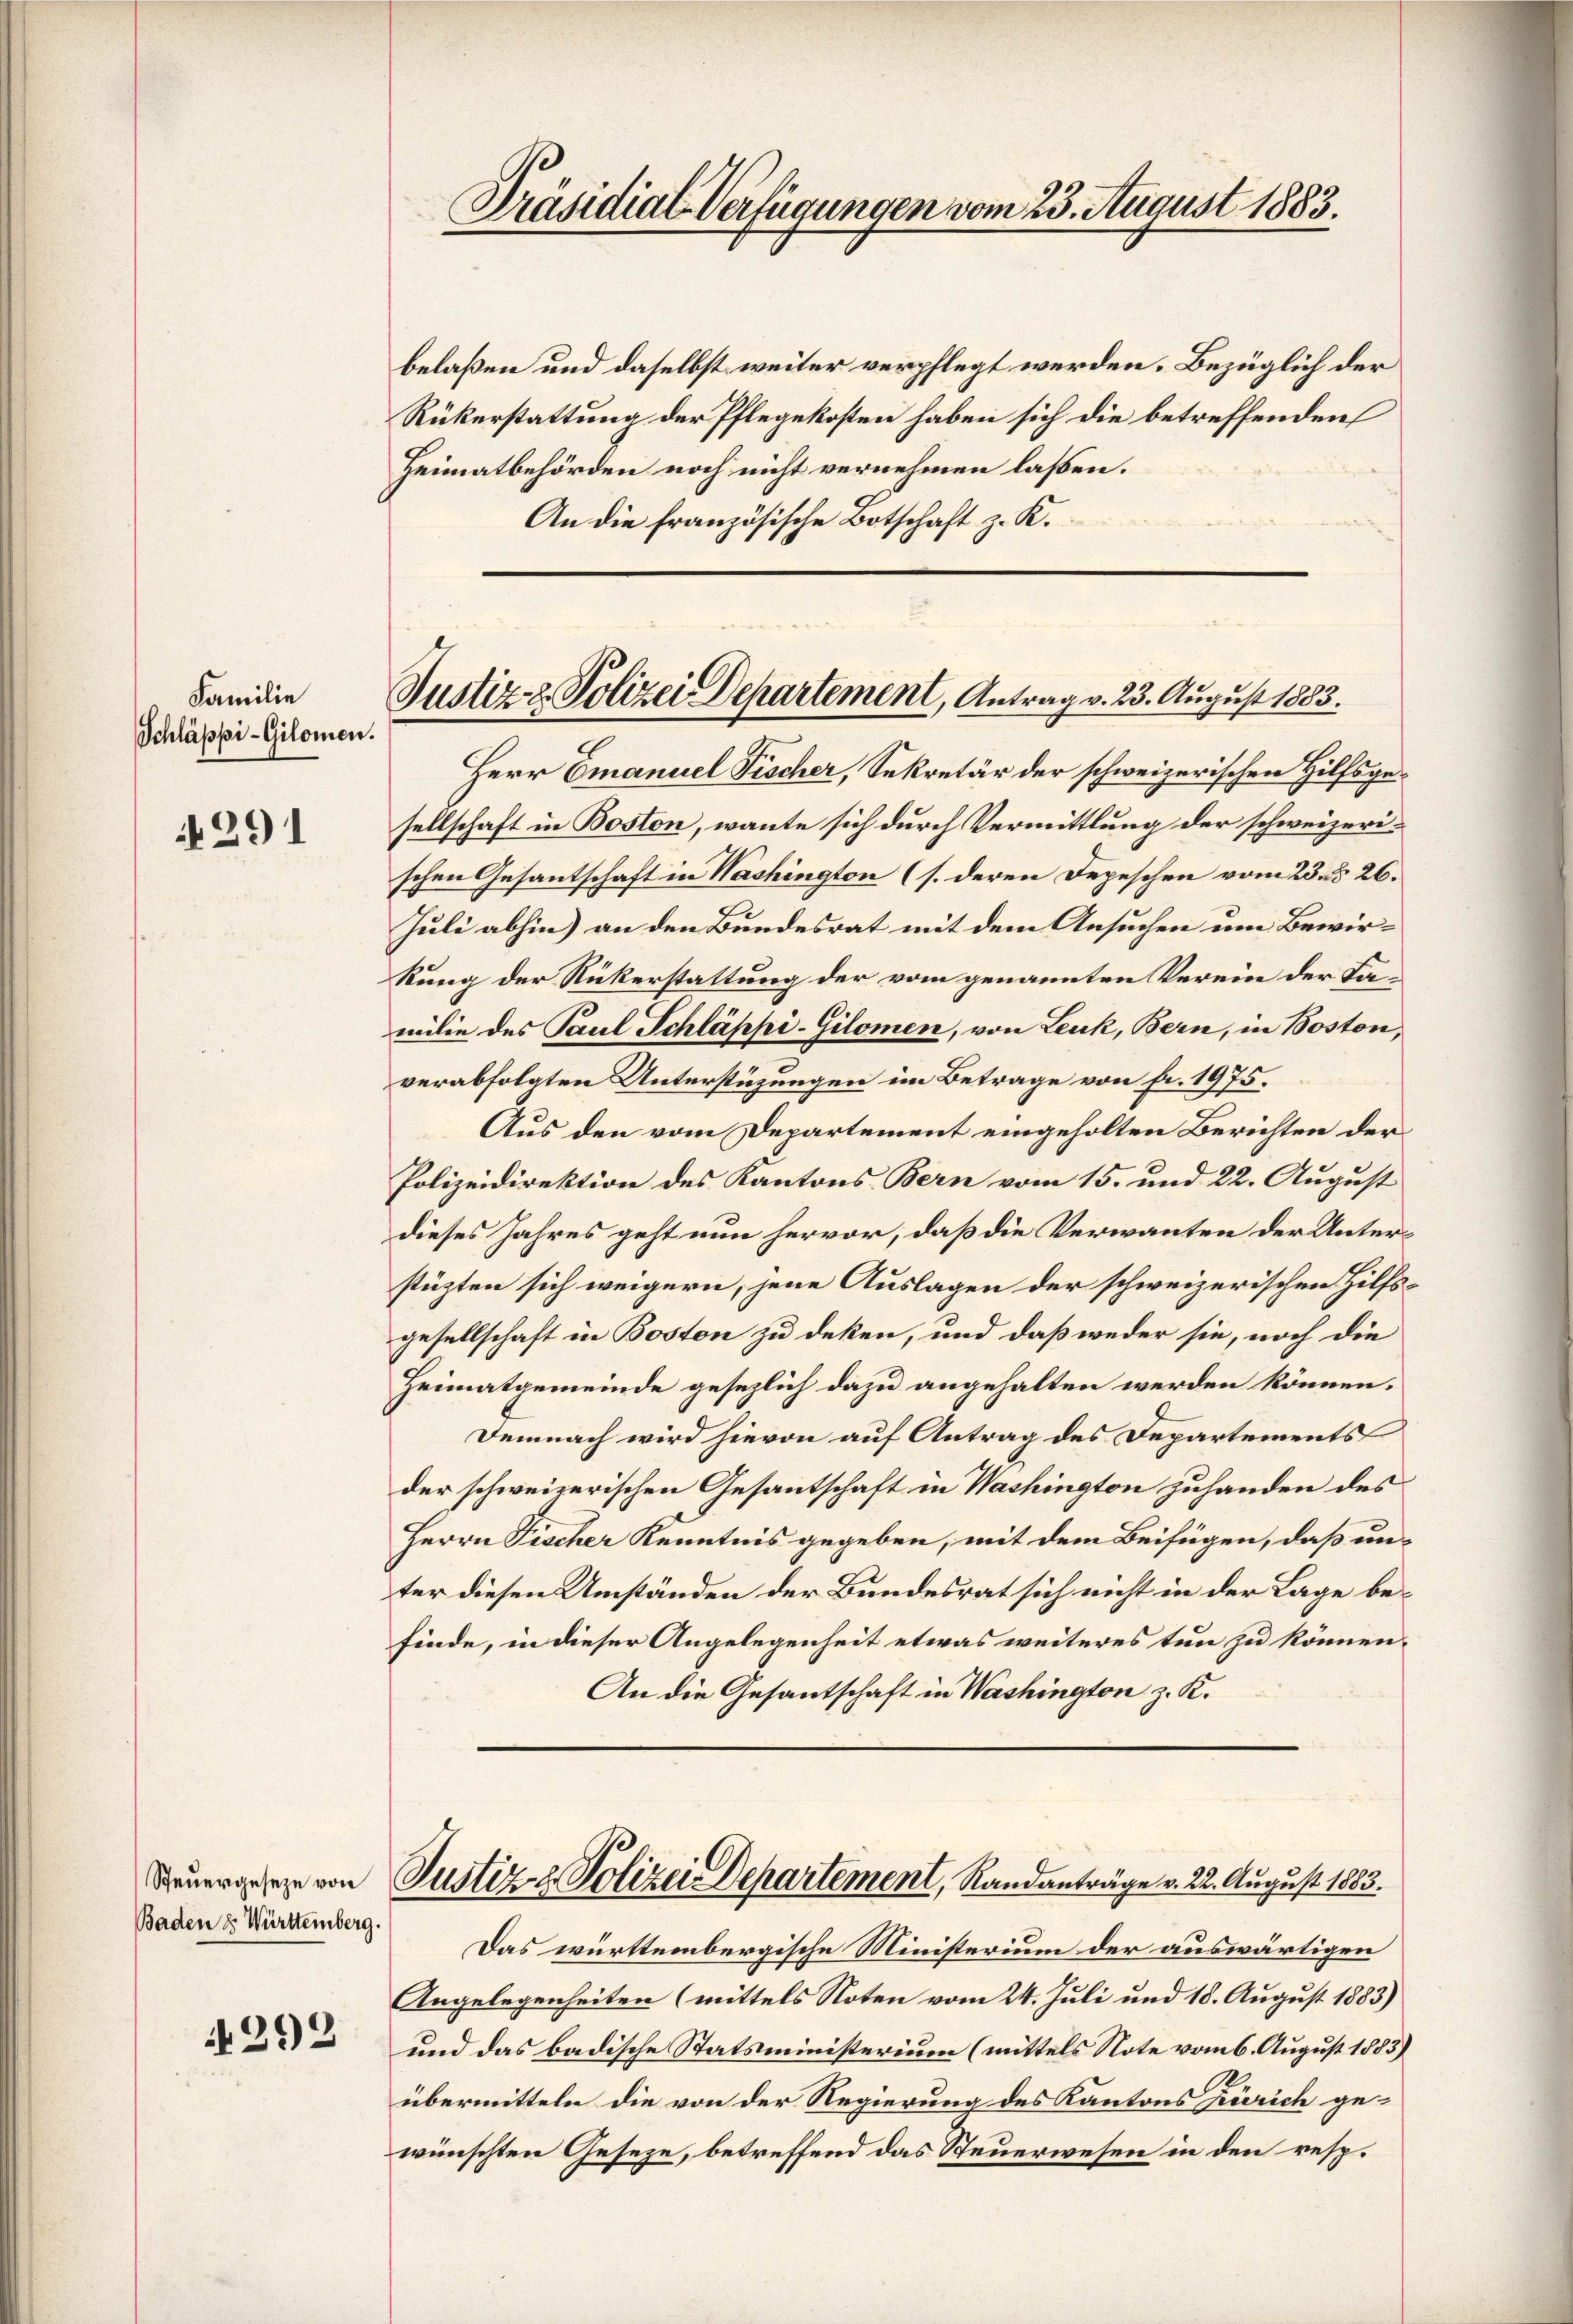
Familie
Schläppi-Gilomen.

4291

Steuergeseze von
Baden 8. Württemberg.

292

Präsidial-Verfügungen vom 23. August 1883.

belaßen und daselbst weiter verpflegt werden. Bezüglich der
Rükerstattung der Pflegekosten haben sich die betreffenden
Heimatbehörden noch nicht vernehmen laßen.
An die französische Botschaft z. K.

Justiz- & Polizei Departement, Antrag v. 23. August 1883.

Herr Emanuel Fischer, Sekretär der schweizerischen Hilfsgesellschaft in Boston, wante sich durch Vermittlung der schweizerischen Gesantschaft in Washington (s. deren Depeschen vom 23. 26.
Juli abhin) an den Bundesrat mit dem Ansuchen um Bewirkung der Rückerstattung der vom genannten Verein der Familie des Paul Schläppi-Gilomen, von Leuk, Bern, in Boston,
verabfolgten Unterstüzungen im Betrage von fr. 1975.
Aus den vom Departement eingeholten Berichten der
Polizeidirektion des Kantons Bern vom 15. und 22. August
dieses Jahres geht nun hervor, daß die Verwanten der Unterstüzten sich weigern, jene Auslagen der schweizerischen Hilfsgesellschaft in Boston zu deken, und daß weder sie, noch die
Heimatgemeinde gesezlich dazu angehalten werden können.
Demnach wird hievon auf Antrag des Departements
der schweizerischen Gesantschaft in Washington zuhanden des
Herrn Fischer Kenntnis gegeben, mit dem Beifügen, daß un-
ter diesen Umständen der Bundesrat sich nicht in der Lage befinde, in dieser Angelegenheit etwas weiteres tun zu können.
An die Gesantschaft in Washington z. K.

Justiz- & Polizei Departement, Randanträge v. 22. August 1883.

Das württembergische Ministerium der auswärtigen
Angelegenheiten (mittels Noten vom 24. Juli und 18. August 1883)
und das badische Statsministerium (mittels Note vom 6. August 1883)
übermitteln die von der Regierung des Kantons Zürich gewünschten Geseze, betreffend das Steuerwesen in den resp.